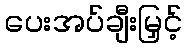
ပေးအပ်ချီးမြှင့်